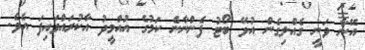
އޭނާ ވަނީ ގެއްލިގެން އުޅޭ ބޯޓު ފެންނާނެ ކަމުގެ އުއްމީދު އާކުރައްވަައިފަ އެވެ.